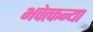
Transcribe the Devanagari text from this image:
भवेत्कन्या